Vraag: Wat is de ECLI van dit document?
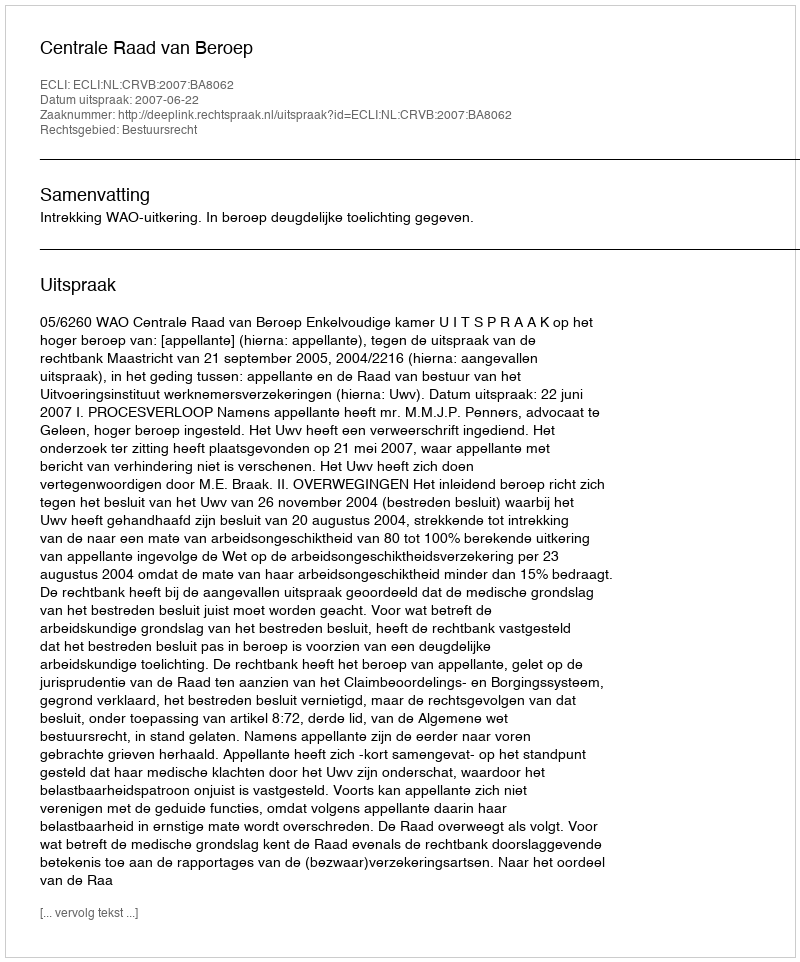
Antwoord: ECLI:NL:CRVB:2007:BA8062